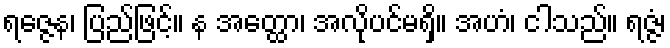
ရဇ္ဇေန၊ ပြည်ဖြင့်။ န အတ္ထော၊ အလိုပင်မရှိ။ အဟံ၊ ငါသည်။ ရဇ္ဇံ၊